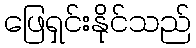
ဖြေရှင်းနိုင်သည်